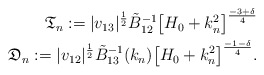
\begin{align*}\mathfrak{T}_n := |v_{13}|^\frac12 \tilde B_{12}^{-1} \bigl[ H_0 + k_n^2\bigr]^{\frac{-3+\delta}4}\\\mathfrak{D}_n:= |v_{12}|^\frac12 \tilde B_{13}^{-1} (k_n) \bigl[ H_0 + k_n^2\bigr]^{\frac{-1-\delta}4}. \end{align*}